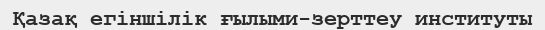
Қазақ егіншілік ғылыми-зерттеу институты